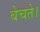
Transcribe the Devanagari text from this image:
बेचते।